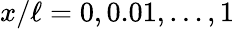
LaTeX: x/\ell=0,0.01,\dots,1